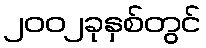
၂၀၀၂ခုနှစ်တွင်